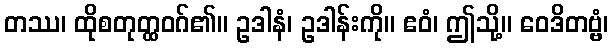
တဿ၊ ထိုစတုတ္ထဝဂ်၏။ ဥဒါနံ၊ ဥဒါန်းကို။ ဧဝံ၊ ဤသို့။ ဝေဒိတဗ္ဗံ၊